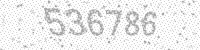
Solution: 536786